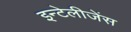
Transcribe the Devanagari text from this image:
इन्टेलीजेंस